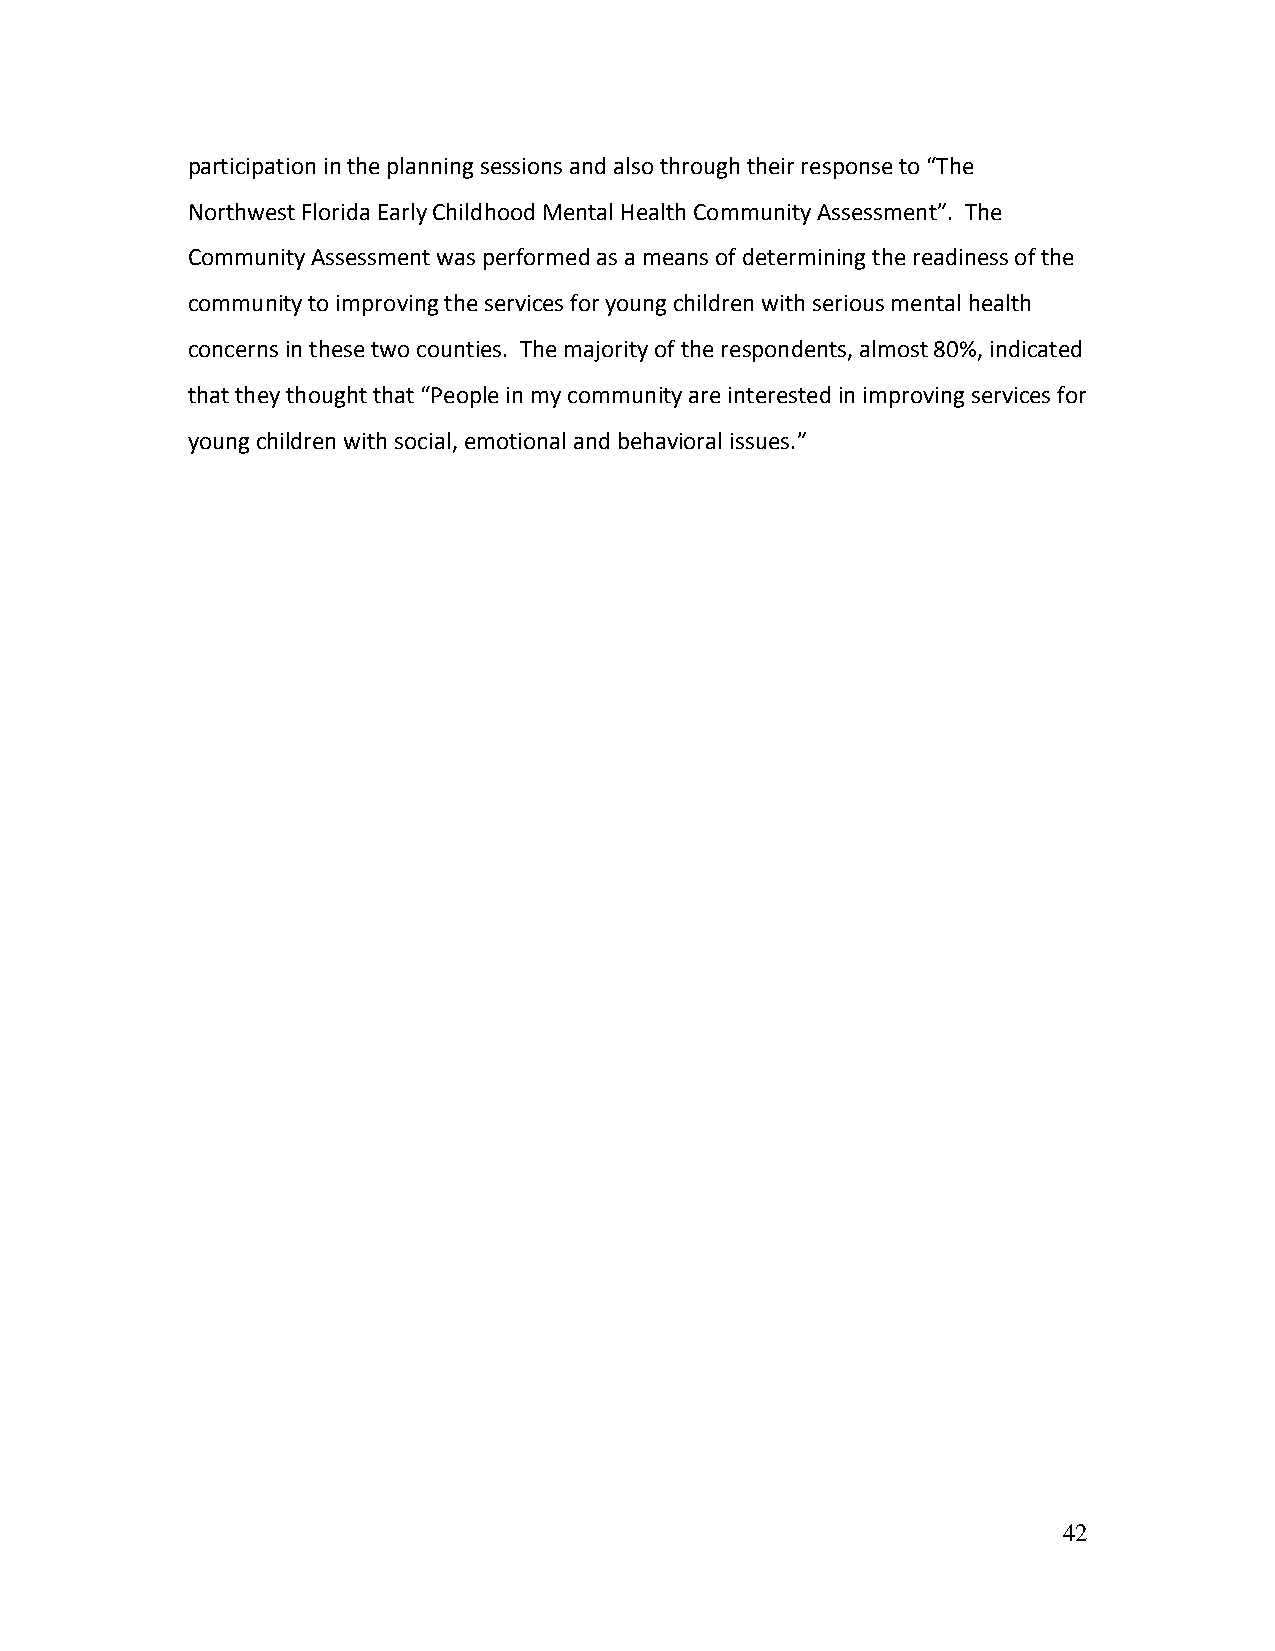
participation in the planning sessions and also through their response to “The
 Northwest Florida Early Childhood Mental Health Community Assessment”. The
 Community Assessment was performed as a means of determining the readiness of the
 community to improving the services for young children with serious mental health
 concerns in these two counties. The majority of the respondents, almost 80%, indicated
 that they thought that “People in my community are interested in improving services for
 young children with social, emotional and behavioral issues.”
 42